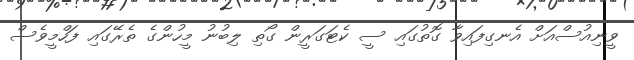
ވީނިއުސްއަށް އެނގިފައިވާ ގޮތުގައި ސީ ކެޓަގަރީން ގޯތި ލިބުނު މީހުންގެ ތެރޭގައި ފަހްމީވެސް